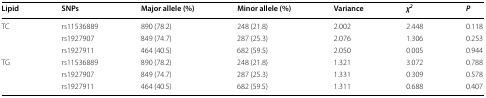
<table><thead><tr><td><b>Lipid</b></td><td><b>SNPs</b></td><td><b>Major allele (%)</b></td><td><b>Minor allele (%)</b></td><td><b>Variance</b></td><td><b><i>χ</i><sup><i>2</i></sup></b></td><td><b><i>P</i></b></td></tr></thead><tbody><tr><td rowspan="3">TC</td><td>rs11536889</td><td>890 (78.2)</td><td>248 (21.8)</td><td>2.002</td><td>2.448</td><td>0.118</td></tr><tr><td>rs1927907</td><td>849 (74.7)</td><td>287 (25.3)</td><td>2.076</td><td>1.306</td><td>0.253</td></tr><tr><td>rs1927911</td><td>464 (40.5)</td><td>682 (59.5)</td><td>2.050</td><td>0.005</td><td>0.944</td></tr><tr><td rowspan="3">TG</td><td>rs11536889</td><td>890 (78.2)</td><td>248 (21.8)</td><td>1.321</td><td>3.072</td><td>0.788</td></tr><tr><td>rs1927907</td><td>849 (74.7)</td><td>287 (25.3)</td><td>1.331</td><td>0.309</td><td>0.578</td></tr><tr><td>rs1927911</td><td>464 (40.5)</td><td>682 (59.5)</td><td>1.311</td><td>0.688</td><td>0.407</td></tr></tbody></table>